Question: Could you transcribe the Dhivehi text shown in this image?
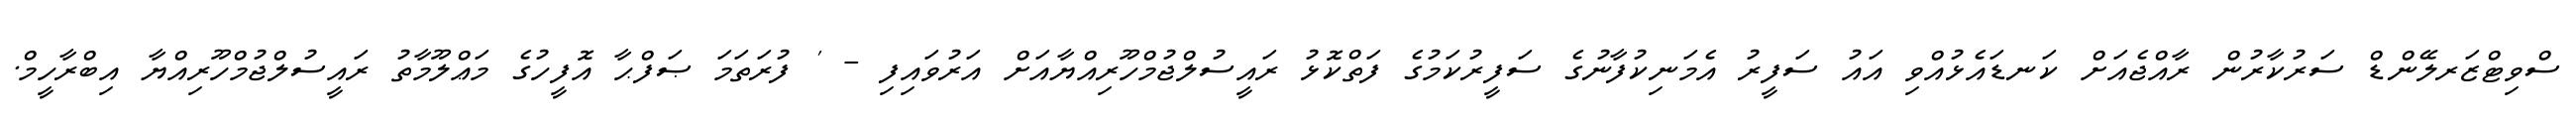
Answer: ސްވިޓްޒަރލޭންޑް ސަރުކާރުން ރާއްޖެއަށް ކަނޑައެޅުއްވި އައު ސަފީރު އެމަނިކުފާނުގެ ސަފީރުކަމުގެ ފަތްކޮޅު ރައީސުލްޖުމްހޫރިއްޔާއަށް އަރުވައިފި - ' ފުރަތަމަ ޞަފްޙާ އޮފީހުގެ މަޢްލޫމާތު ރައީސުލްޖުމްހޫރިއްޔާ އިބްރާހީމް.